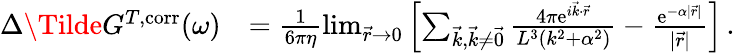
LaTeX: \begin{array}{rl}{\Delta\Tilde{G}^{T,\mathrm{corr}}(\omega)}&{=\frac{1}{6\pi\eta}\operatorname*{lim}_{\vec{r}\to 0}\left[\sum_{\vec{k},\vec{k}\neq\vec{0}}\frac{4\pi\mathrm{e}^{i\vec{k}\cdot\vec{r}}}{L^{3}(k^{2}+\alpha^{2})}-\frac{\mathrm{e}^{-\alpha\vert\vec{r}\vert}}{\vert\vec{r}\vert}\right]\, .}\end{array}